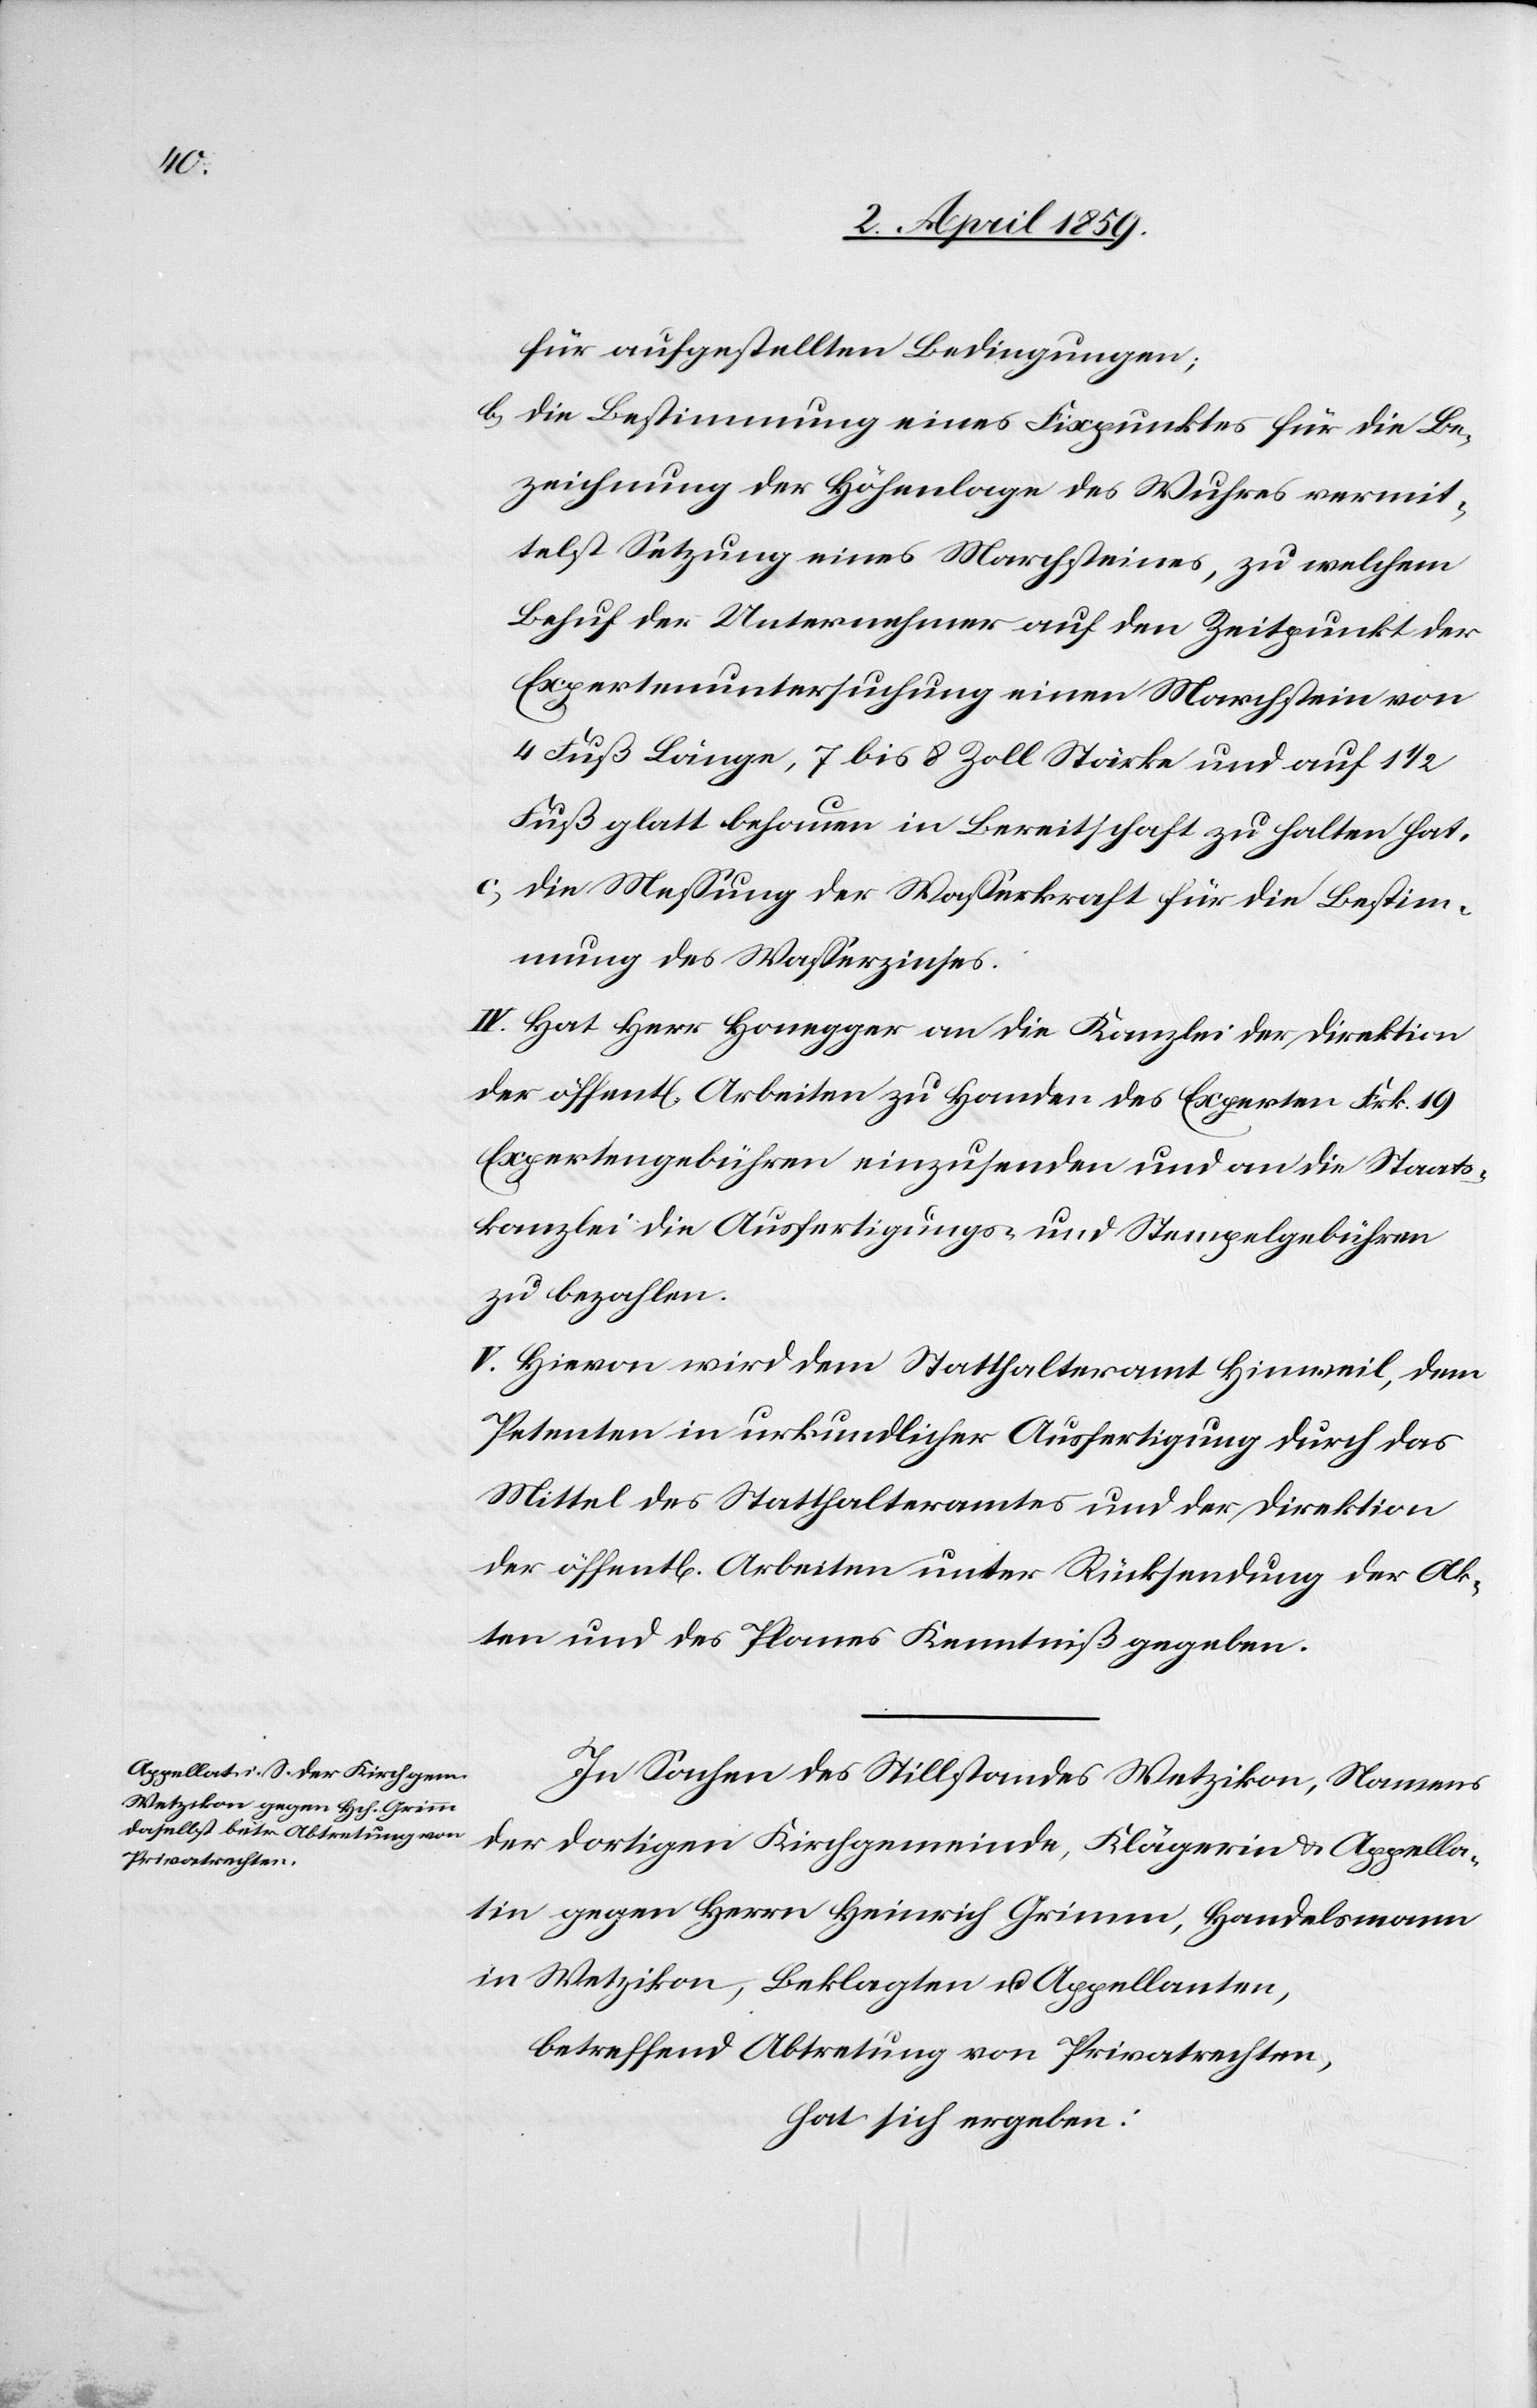
für aufgestellten Bedingungen;
b) die Bestimmung eines Fixpunktes für die Be¬
zeichnung der Höhenlage des Wuhres vermit¬
telst Setzung eines Marchsteines, zu welchem
Behuf der Unternehmer auf den Zeitpunkt der
Expertenuntersuchung einen Marchstein von
4 Fuß Länge, 7 bis 8 Zoll Stärke und auf 1
Fuß glatt behauen in Bereitschaft zu halten hat.
c) die Meßung der Waßerkraft für die Bestim¬
mung des Waßerzinses.
IV. Hat Herr Honegger an die Kanzlei der Direktion
der öffentlichen Arbeiten zu Handen des Experten Frk. 19
Expertengebühren einzusenden und an die Staats¬
kanzlei die Ausfertigungs- und Stempelgebühren
zu bezahlen.
V. Hievon wird dem Statthalteramt Hinweil, dem
Petenten in urkundlicher Ausfertigung durch das
Mittel des Statthalteramtes und der Direktion
der öffentlichen Arbeiten unter Rücksendung der Ak¬
ten des Planes Kenntniß gegeben.
In Sachen des Stillstandes Wetzikon, Namens
der dortigen Kirchgemeinde, Klägerin & Appella¬
tin gegen Herrn Heinrich Grimm, Handelsmann
in Wetzikon, Beklagten u. Appellanten,
betreffend Abtretung von Privatrechten,
hat sich ergeben: